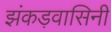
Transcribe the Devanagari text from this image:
झंकड़वासिनी